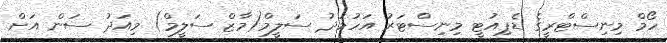
ހޯމް މިނިސްޓްރީގެ ޑެޕިއުޓީ މިނިސްޓަރު އަހުމަދު ސަލީމް(މާޒް ސަލީމް) މިއަދު ސަން އަށް